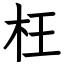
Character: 枉